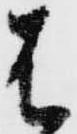
は